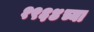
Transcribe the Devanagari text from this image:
१९६४च्या